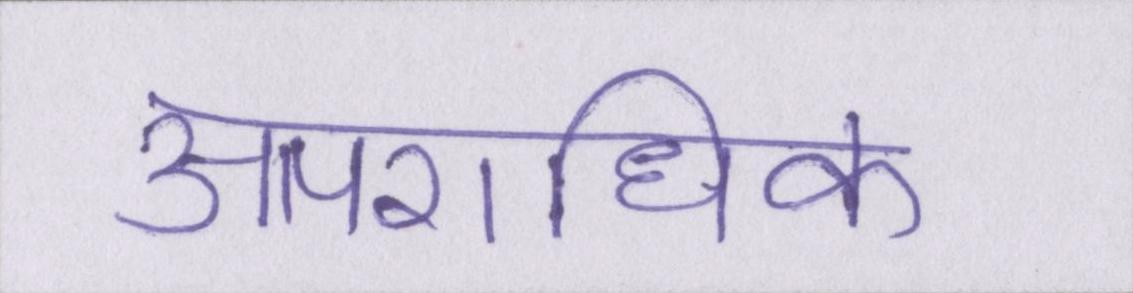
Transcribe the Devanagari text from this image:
आपराधिक